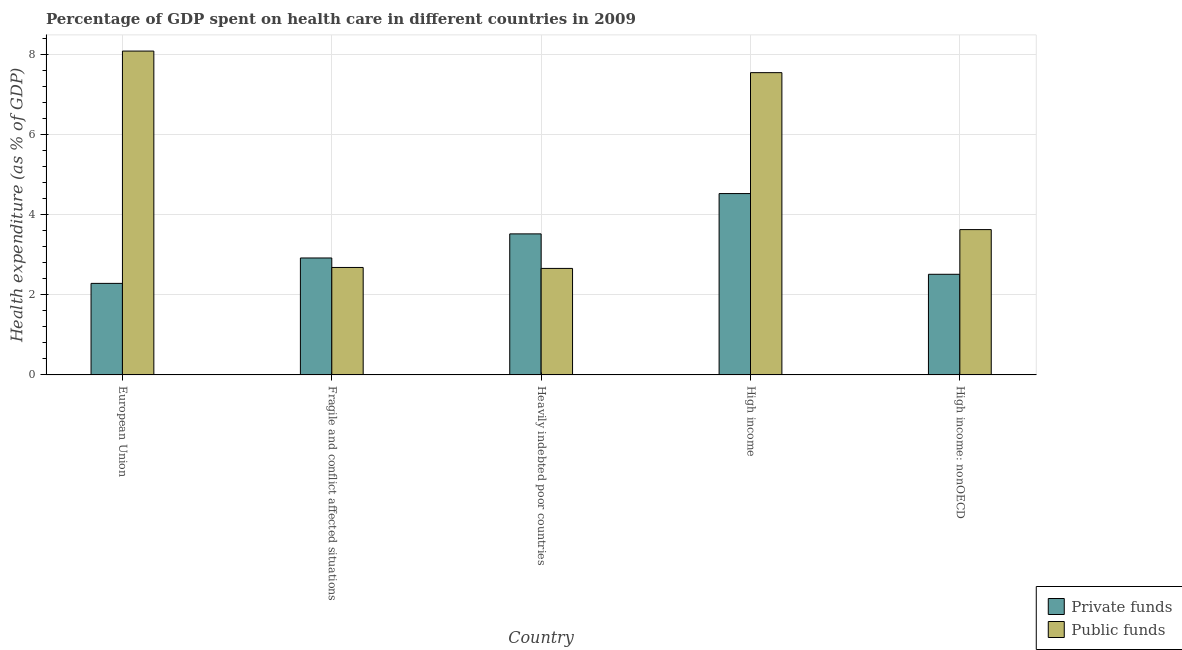
| Country | Private funds | Public funds |
 | --- | --- | --- |
 | European Union | 2.29 | 8.09 |
 | Fragile and conflict affected situations | 2.92 | 2.68 |
 | Heavily indebted poor countries | 3.52 | 2.66 |
 | High income | 4.53 | 7.55 |
 | High income: nonOECD | 2.51 | 3.63 |